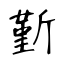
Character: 斳